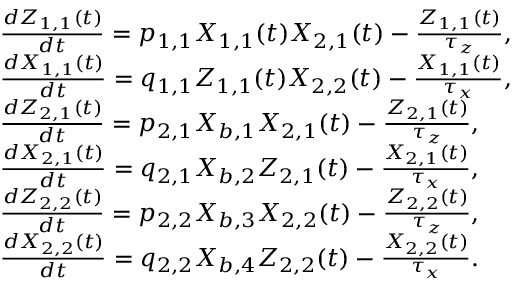
\begin{array} { r l } & { \frac { d Z _ { 1 , 1 } ( t ) } { d t } = p _ { 1 , 1 } X _ { 1 , 1 } ( t ) X _ { 2 , 1 } ( t ) - \frac { Z _ { 1 , 1 } ( t ) } { \tau _ { z } } , } \\ & { \frac { d X _ { 1 , 1 } ( t ) } { d t } = q _ { 1 , 1 } Z _ { 1 , 1 } ( t ) X _ { 2 , 2 } ( t ) - \frac { X _ { 1 , 1 } ( t ) } { \tau _ { x } } , } \\ & { \frac { d Z _ { 2 , 1 } ( t ) } { d t } = p _ { 2 , 1 } X _ { b , 1 } X _ { 2 , 1 } ( t ) - \frac { Z _ { 2 , 1 } ( t ) } { \tau _ { z } } , } \\ & { \frac { d X _ { 2 , 1 } ( t ) } { d t } = q _ { 2 , 1 } X _ { b , 2 } Z _ { 2 , 1 } ( t ) - \frac { X _ { 2 , 1 } ( t ) } { \tau _ { x } } , } \\ & { \frac { d Z _ { 2 , 2 } ( t ) } { d t } = p _ { 2 , 2 } X _ { b , 3 } X _ { 2 , 2 } ( t ) - \frac { Z _ { 2 , 2 } ( t ) } { \tau _ { z } } , } \\ & { \frac { d X _ { 2 , 2 } ( t ) } { d t } = q _ { 2 , 2 } X _ { b , 4 } Z _ { 2 , 2 } ( t ) - \frac { X _ { 2 , 2 } ( t ) } { \tau _ { x } } . } \end{array}